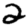
Digit: 2